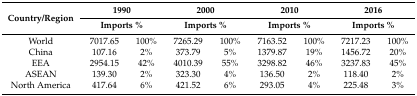
<table><thead><tr><td rowspan="2"><b>Country/Region</b></td><td colspan="2"><b>1990</b></td><td colspan="2"><b>2000</b></td><td colspan="2"><b>2010</b></td><td colspan="2"><b>2016</b></td></tr><tr><td colspan="2"><b>Imports %</b></td><td colspan="2"><b>Imports %</b></td><td colspan="2"><b>Imports %</b></td><td colspan="2"><b>Imports %</b></td></tr></thead><tbody><tr><td>World</td><td>7017.65</td><td>100%</td><td>7265.29</td><td>100%</td><td>7163.52</td><td>100%</td><td>7217.23</td><td>100%</td></tr><tr><td>China</td><td>107.16</td><td>2%</td><td>373.79</td><td>5%</td><td>1379.87</td><td>19%</td><td>1456.72</td><td>20%</td></tr><tr><td>EEA</td><td>2954.15</td><td>42%</td><td>4010.39</td><td>55%</td><td>3298.82</td><td>46%</td><td>3237.83</td><td>45%</td></tr><tr><td>ASEAN</td><td>139.30</td><td>2%</td><td>323.30 </td><td>4%</td><td>136.50</td><td>2%</td><td>118.40</td><td>2%</td></tr><tr><td>North America</td><td>417.64</td><td>6%</td><td>421.52</td><td>6%</td><td>293.05</td><td>4%</td><td>225.48</td><td>3%</td></tr></tbody></table>